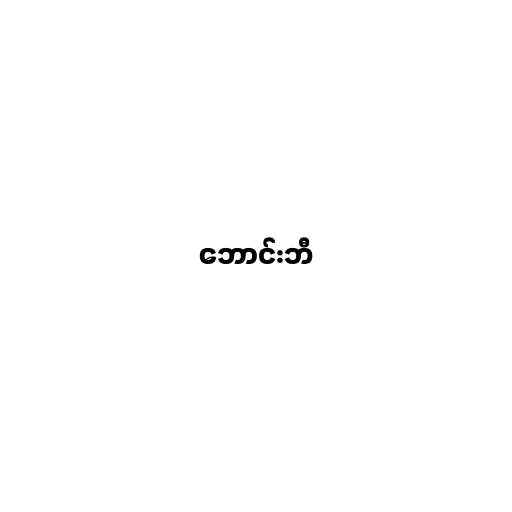
ဘောင်းဘီ